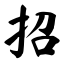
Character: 招